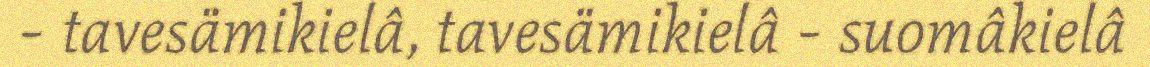
- tavesämikielâ, tavesämikielâ - suomâkielâ